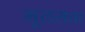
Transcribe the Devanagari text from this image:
मूलसत्ता